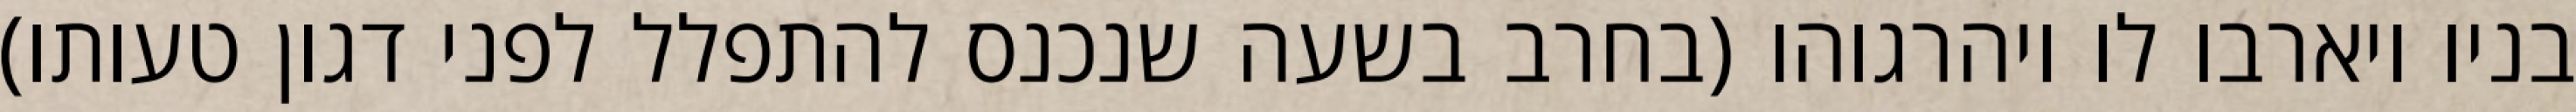
בניו ויארבו לו ויהרגוהו (בחרב בשעה שנכנס להתפלל לפני דגון טעותו)